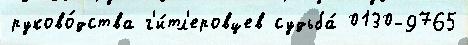
руково́дства г'и́тл'еровцев судьба́ 0130-9765